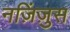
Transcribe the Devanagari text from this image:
नज़िंज़ुस